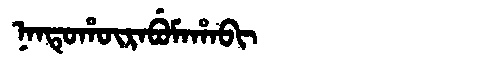
Manchu: ᠨᠠᠨᡨᡠᡥᡡᡵᠠᠪᡠᠮᠠᡥᠠᠪᡳ
Romanization: NANTUHŪRABUMAHABI